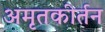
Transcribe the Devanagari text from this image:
अमृतकीर्तन